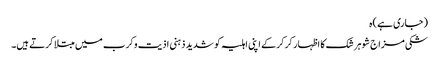
(جاری ہے) ہ
شکی مزاج شوہر شک کا اظہار کرکرکے اپنی اہلیہ کو شدید ذہنی اذیت وکرب میں مبتلا کرتے ہیں۔